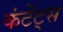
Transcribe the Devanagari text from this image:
कंटेंट्स